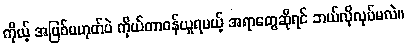
ကိုယ့် အပြစ်မဟုတ်ပဲ ကိုယ်တာဝန်ယူရမယ့် အရာတွေဆိုရင် ဘယ်လိုလုပ်မလဲ။